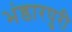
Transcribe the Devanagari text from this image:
भंडारपुरी